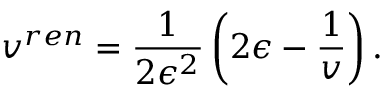
v ^ { r e n } = \frac { 1 } { 2 \epsilon ^ { 2 } } \left( 2 \epsilon - \frac { 1 } { v } \right) .